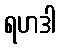
ရဟဒါ